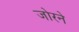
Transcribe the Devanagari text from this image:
जोरने